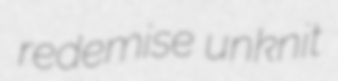
redemise unknit